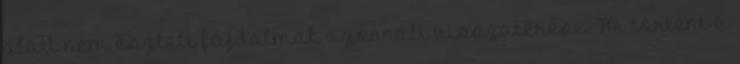
alatt nem észlelt fájdalmak azonnali visszatérése. Mi történt a